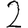
Digit: 2